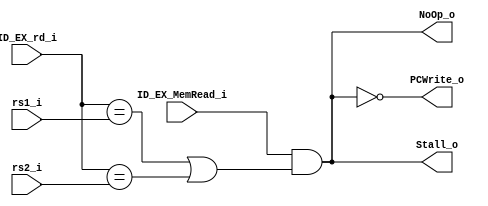
module Hazard_Detection(
    input [4:0] rs1_i,
    input [4:0] rs2_i,
    input ID_EX_MemRead_i,
    input [4:0] ID_EX_rd_i,

    output PCWrite_o,
    output Stall_o,
    output NoOp_o
);


assign PCWrite_o = !(ID_EX_MemRead_i && ((ID_EX_rd_i == rs1_i) || (ID_EX_rd_i == rs2_i)));
assign Stall_o   = ID_EX_MemRead_i && ((ID_EX_rd_i == rs1_i) || (ID_EX_rd_i == rs2_i));
assign NoOp_o    = ID_EX_MemRead_i && ((ID_EX_rd_i == rs1_i) || (ID_EX_rd_i == rs2_i));
endmodule